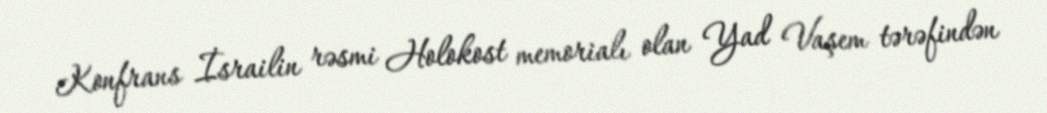
Konfrans İsrailin rəsmi Holokost memorialı olan Yad Vaşem tərəfindən